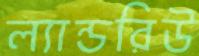
ল্যান্ডরিউ